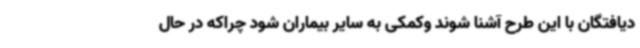
دیافتگان با این طرح آشنا شوند وکمکی به سایر بیماران شود چراکه در حال